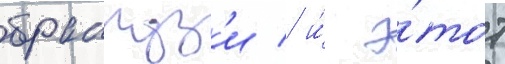
бранкуз'и / и́ э́тот